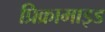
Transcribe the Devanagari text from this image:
प्रिक्रामाइड